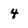
Character: 4